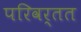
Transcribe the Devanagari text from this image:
परिवर्तत